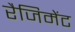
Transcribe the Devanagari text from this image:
रैजिमेंट